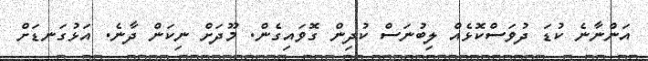
އަންނާނެ ކުޑަ ދުވަސްކޮޅެއް ލިބުނަސް ކުދިން ގޮވައިގެން. މޫދަށް ނިކަން ދާނެ. އަޅުގަނޑަށް